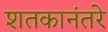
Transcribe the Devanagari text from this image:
शतकानंतरे